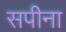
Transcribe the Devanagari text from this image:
सपीना